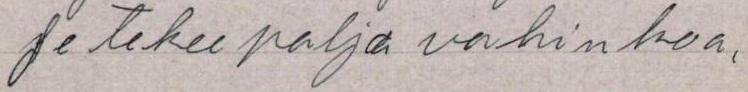
ja tekee paljo vahinkoa,